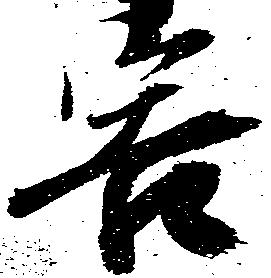
害